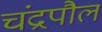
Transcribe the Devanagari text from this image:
चंद्रपौल